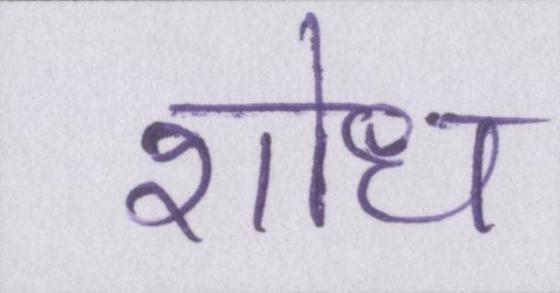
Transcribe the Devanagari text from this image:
शोध